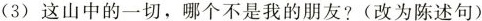
(3) 这山中的一切，哪个不是我的朋友?(改为陈述句)